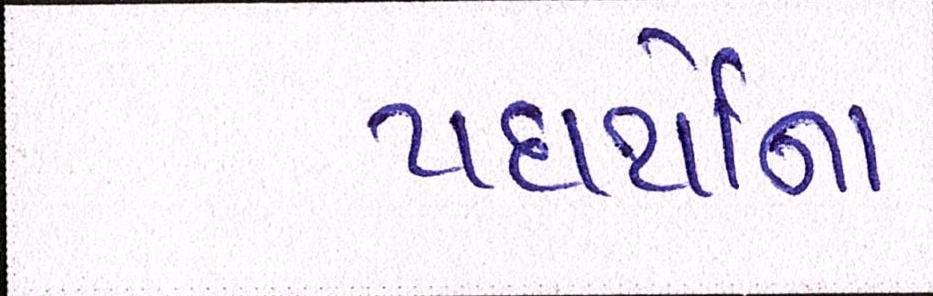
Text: પદાર્થોના